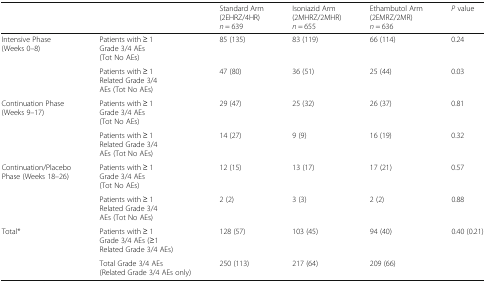
<table><thead><tr><td></td><td></td><td><b>Standard Arm (2EHRZ/4HR) <i>n</i> = 639</b></td><td><b>Isoniazid Arm (2MHRZ/2MHR) <i>n</i> = 655</b></td><td><b>Ethambutol Arm (2EMRZ/2MR) <i>n</i> = 636</b></td><td><b><i>P</i> value</b></td></tr></thead><tbody><tr><td rowspan="2">Intensive Phase (Weeks 0–8)</td><td>Patients with ≥ 1 Grade 3/4 AEs (Tot No AEs)</td><td>85 (135)</td><td>83 (119)</td><td>66 (114)</td><td>0.24</td></tr><tr><td>Patients with ≥ 1 Related Grade 3/4 AEs (Tot No AEs)</td><td>47 (80)</td><td>36 (51)</td><td>25 (44)</td><td>0.03</td></tr><tr><td rowspan="2">Continuation Phase (Weeks 9–17)</td><td>Patients with ≥ 1 Grade 3/4 AEs (Tot No AEs)</td><td>29 (47)</td><td>25 (32)</td><td>26 (37)</td><td>0.81</td></tr><tr><td>Patients with ≥ 1 Related Grade 3/4 AEs (Tot No AEs)</td><td>14 (27)</td><td>9 (9)</td><td>16 (19)</td><td>0.32</td></tr><tr><td rowspan="2">Continuation/Placebo Phase (Weeks 18–26)</td><td>Patients with ≥ 1 Grade 3/4 AEs (Tot No AEs)</td><td>12 (15)</td><td>13 (17)</td><td>17 (21)</td><td>0.57</td></tr><tr><td>Patients with ≥ 1 Related Grade 3/4 AEs (Tot No AEs)</td><td>2 (2)</td><td>3 (3)</td><td>2 (2)</td><td>0.88</td></tr><tr><td rowspan="2">Total*</td><td>Patients with ≥ 1 Grade 3/4 AEs (≥1 Related Grade 3/4 AEs)</td><td>128 (57)</td><td>103 (45)</td><td>94 (40)</td><td>0.40 (0.21)</td></tr><tr><td>Total Grade 3/4 AEs (Related Grade 3/4 AEs only)</td><td>250 (113)</td><td>217 (64)</td><td>209 (66)</td><td></td></tr></tbody></table>